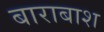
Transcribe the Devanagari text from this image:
बाराबाश